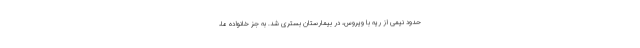
حدود نیمی از ریه با ویروس، در بیمارستان بستری شد. به جز خانواده ما،